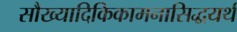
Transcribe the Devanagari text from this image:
सौख्यादिकिकामनासिद्धयर्थ